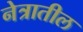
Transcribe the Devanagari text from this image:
नेत्रातील